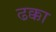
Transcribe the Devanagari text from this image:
ढक्का